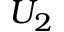
U _ { 2 }